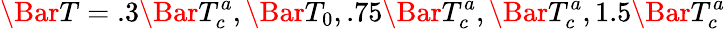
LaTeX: \Bar{T}=.3\Bar{T}_{c}^{a},\Bar{T}_{0},.75\Bar{T}_{c}^{a},\Bar{T}_{c}^{a},1.5\Bar{T}_{c}^{a}